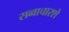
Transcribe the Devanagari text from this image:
सव्वाचारशे